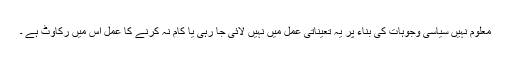
معلوم نہیں سیاسی وجوہات کی بناء پر یہ تعیناتی عمل میں نہیں لائی جا رہی یا کام نہ کرنے کا عمل اس میں رکاوٹ ہے ۔